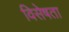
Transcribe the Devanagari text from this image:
विसेषता